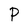
Character: P